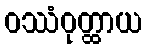
ဝဿံဝုတ္ထာယ